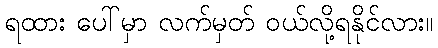
ရထား ပေါ်မှာ လက်မှတ် ဝယ်လို့ရနိုင်လား။